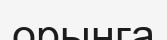
орынга